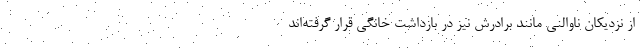
از نزدیکان ناوالنی مانند برادرش نیز در بازداشت خانگی قرار گرفته‌اند